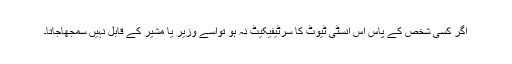
اگر کسی شخص کے پاس اس انسٹی ٹیوٹ کا سرٹیفیکیٹ نہ ہو تواسے وزیر یا مشیر کے قابل نہیں سمجھاجاتا۔